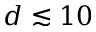
d \lesssim 1 0